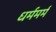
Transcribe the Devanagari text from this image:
धर्ममर्म